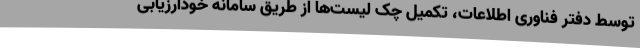
توسط دفتر فناوری اطلاعات، تکمیل چک لیست‌ها از طریق سامانه خودارزیابی